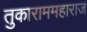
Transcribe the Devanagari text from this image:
तुकाराममहाराज